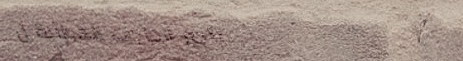
تأجير الدراجات الهوائية ل